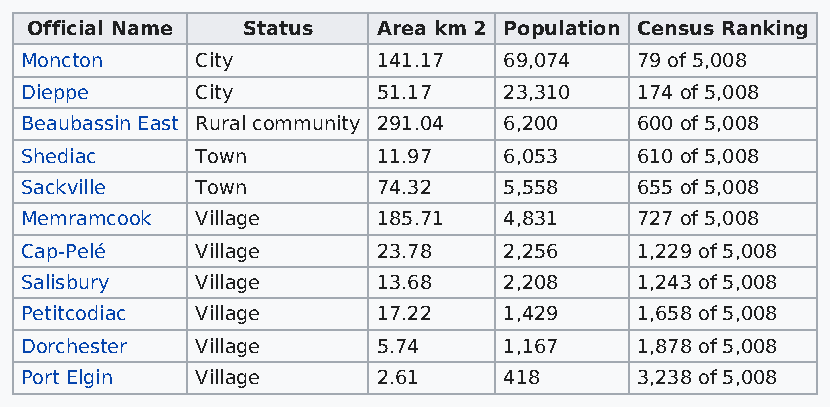
Official Name Status   Area km 2 Population Census Ranking
 Moncton     City        141.17  69,074   79 of 5,008
 Dieppe      City        51.17   23,310   174 of 5,008
 Beaubassin East Rural community 291.04 6,200 600 of 5,008
 Shediac     Town        11.97   6,053    610 of 5,008
 Sackville   Town        74.32   5,558    655 of 5,008
 Memramcook  Village     185.71  4,831    727 of 5,008
 Cap-Pelé    Village     23.78   2,256    1,229 of 5,008
 Salisbury   Village     13.68   2,208    1,243 of 5,008
 Petitcodiac Village     17.22   1,429    1,658 of 5,008
 Dorchester  Village     5.74    1,167    1,878 of 5,008
 Port Elgin  Village     2.61    418      3,238 of 5,008